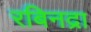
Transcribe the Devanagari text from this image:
रबिनद्रा